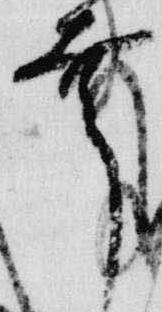
幸